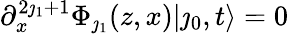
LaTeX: \partial_{x}^{2\jmath_{1}+1}\Phi_{\jmath_{1}}(z,x)|\jmath_{0},t\rangle=0